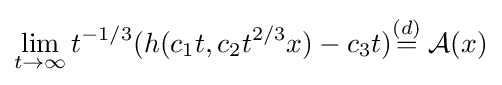
\lim \limits _{t\to \infty }t^{-1/3}(h(c_{1}t,c_{2}t^{2/3}x)-c_{3}t){\stackrel {(d)}{=}}\;{\mathcal {A}}(x)